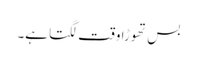
بس تھوڑا وقت لگتا ہے۔